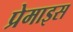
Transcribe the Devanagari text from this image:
प्रेमाइस